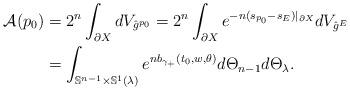
LaTeX: \begin{align*}\begin{aligned} \mathcal{A}(p_0)&=2^n\int_{\partial X}dV_{\hat{g}^{p_0}}=2^n\int_{\partial X}e^{-n(s_{p_0}-s_E)|_{\partial X}}dV_{\hat{g}^E}\\ &=\int_{\mathbb{S}^{n-1}\times\mathbb{S}^1(\lambda)}e^{nb_{\gamma_+}(t_0,w,\theta)}d\Theta_{n-1}d\Theta_\lambda. \end{aligned}\end{align*}